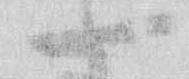
一